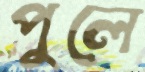
পুলে